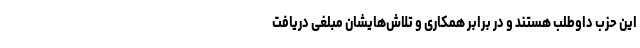
این حزب داوطلب هستند و در برابر همکاری و تلاش‌هایشان مبلغی دریافت